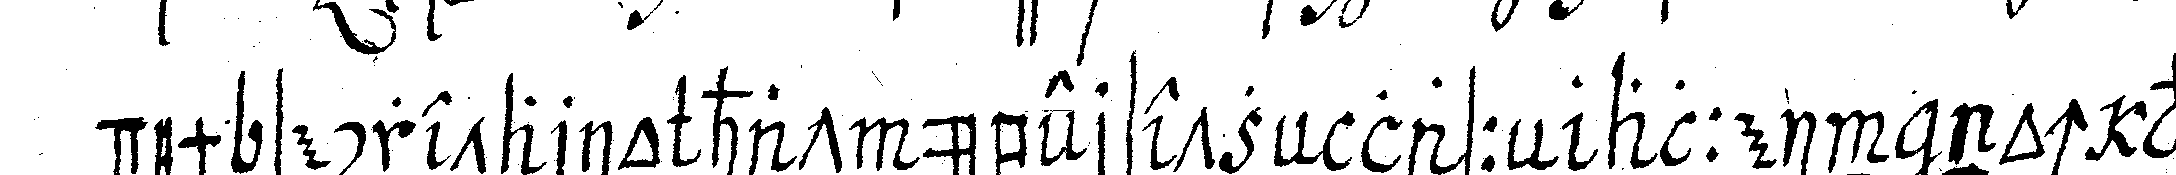
dem secretario hat übersetzeN lasseN allein noch vor